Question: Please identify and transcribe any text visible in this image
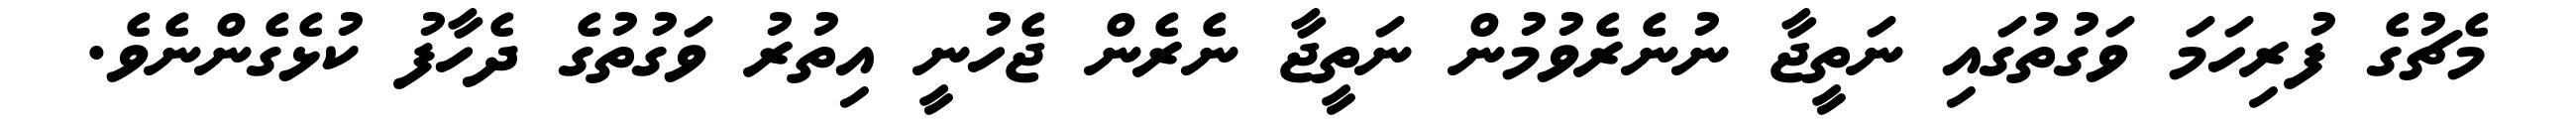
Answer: މެޗުގެ ފުރިހަމަ ވަގުތުގައި ނަތީޖާ ނުނެރެވުމުން ނަތީޖާ ނެރެން ޖެހުނީ އިތުރު ވަގުތުގެ ދެހާފު ކުޅެގެންނެވެ.